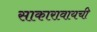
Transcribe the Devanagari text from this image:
साकारावायची